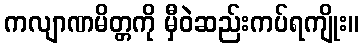
ကလျာဏမိတ္တကို မှီဝဲဆည်းကပ်ရကျိုး။